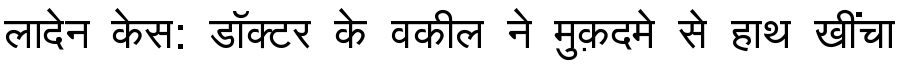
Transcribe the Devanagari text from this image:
लादेन केस: डॉक्टर के वकील ने मुक़दमे से हाथ खींचा